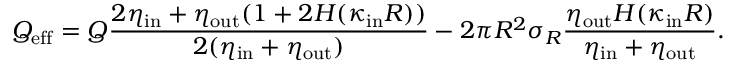
Q _ { \mathrm { e f f } } = Q \frac { 2 \eta _ { \mathrm { i n } } + \eta _ { \mathrm { o u t } } ( 1 + 2 H ( \kappa _ { \mathrm { i n } } R ) ) } { 2 ( \eta _ { \mathrm { i n } } + \eta _ { \mathrm { o u t } } ) } - 2 \pi R ^ { 2 } \sigma _ { R } \frac { \eta _ { \mathrm { o u t } } H ( \kappa _ { \mathrm { i n } } R ) } { \eta _ { \mathrm { i n } } + \eta _ { \mathrm { o u t } } } .